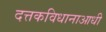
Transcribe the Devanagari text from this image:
दत्तकविधानाआधी